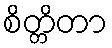
စိတ္တိတာ